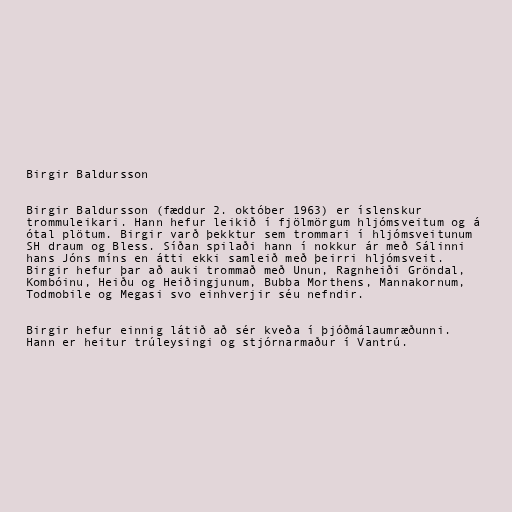
Birgir Baldursson

Birgir Baldursson (fæddur 2. október 1963) er íslenskur
trommuleikari. Hann hefur leikið í fjölmörgum hljómsveitum og á
ótal plötum. Birgir varð þekktur sem trommari í hljómsveitunum
SH draum og Bless. Síðan spilaði hann í nokkur ár með Sálinni
hans Jóns míns en átti ekki samleið með þeirri hljómsveit.
Birgir hefur þar að auki trommað með Unun, Ragnheiði Gröndal,
Kombóinu, Heiðu og Heiðingjunum, Bubba Morthens, Mannakornum,
Todmobile og Megasi svo einhverjir séu nefndir.

Birgir hefur einnig látið að sér kveða í þjóðmálaumræðunni.
Hann er heitur trúleysingi og stjórnarmaður í Vantrú.